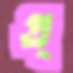
প্র্